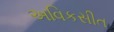
અવિકસીત